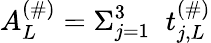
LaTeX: A_{L}^{(\# )}=\Sigma_{j=1}^{3}\; \; t_{j,L}^{(\# )}